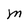
Character: M